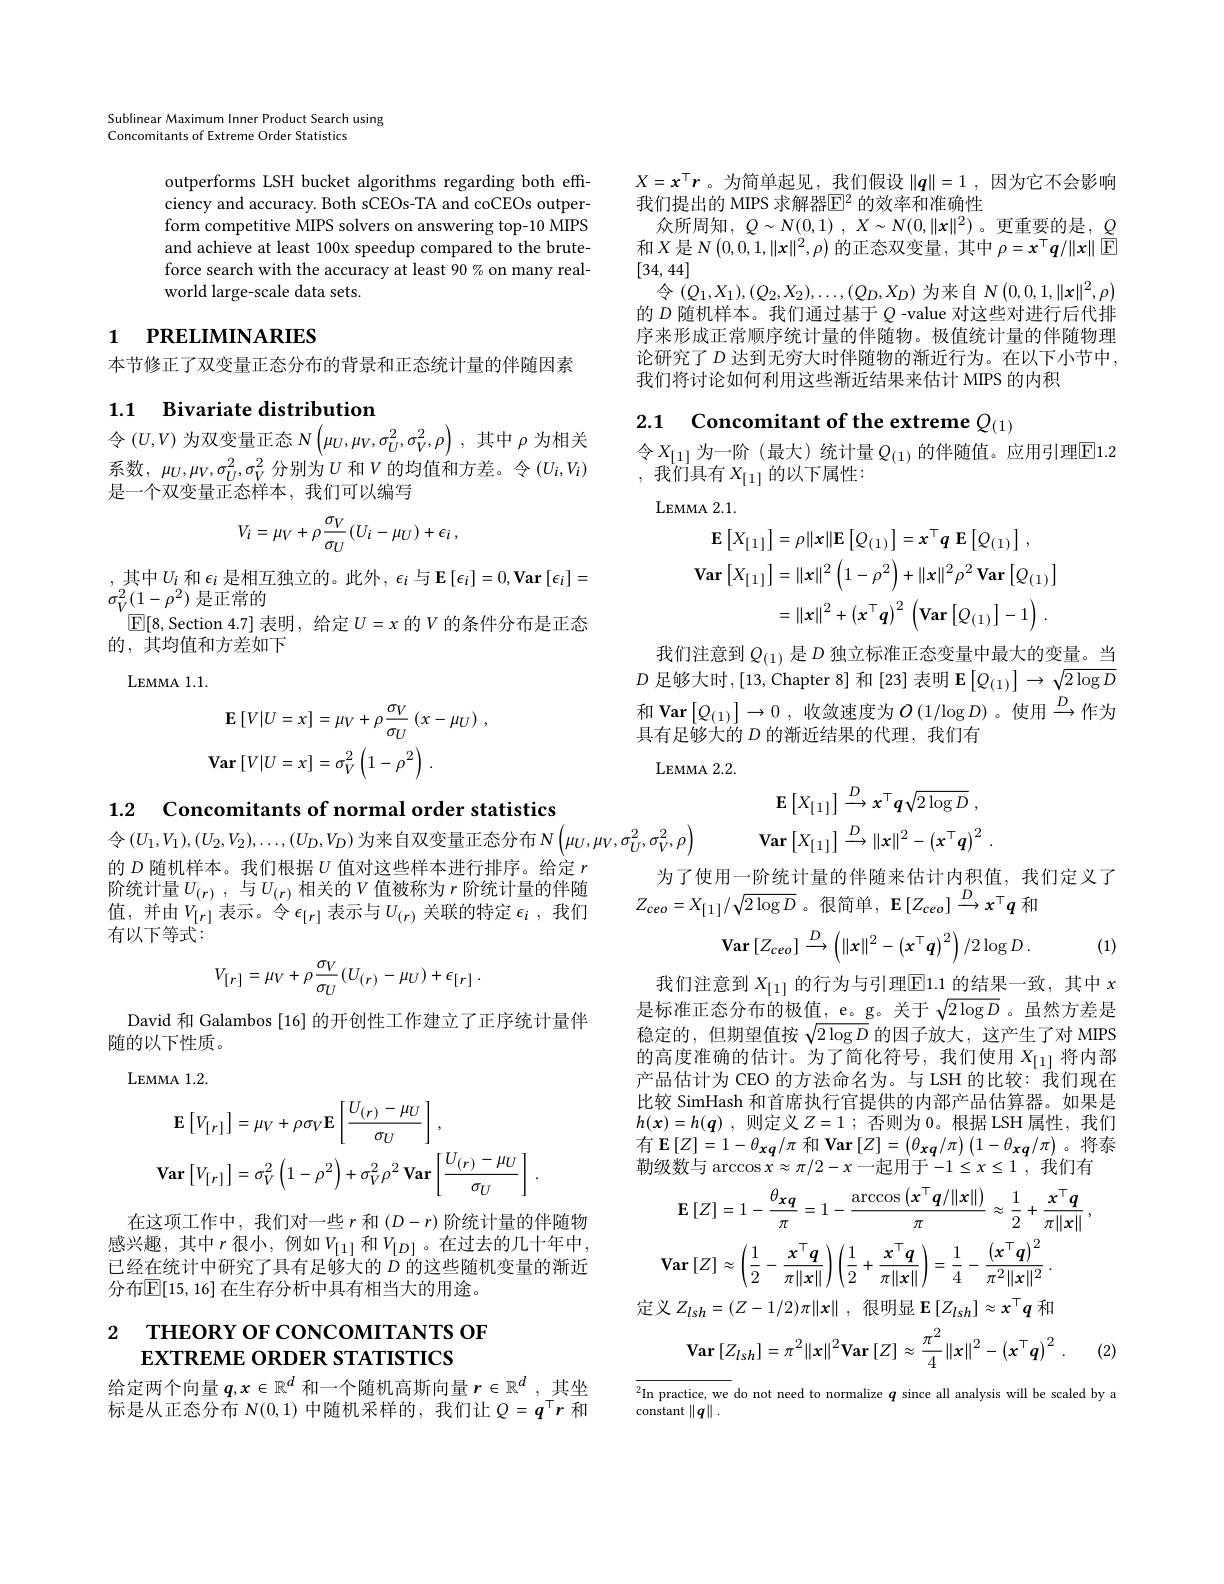
Sublinear Maximum Inner Product Search using
Concomitants of Extreme Order Statistics

outperforms LSH bucket algorithms regarding both effciency and accuracy. Both sCEOs-TA and coCEOs outperform competitive MIPS solvers on answering top-10 MIPS and achieve at least 100x speedup compared to the bruteforce search with the accuracy at least 90% on many realworld large-scale data sets.

# 1 РRELIMINARIES

本节修正了双变量正态分布的背景和正态统计量的伴随因素

## 1.1 Bivariate distribution

令$(U,V)$为双变量正态$N\left(\mu_U,\mu_V,\sigma_U^2,\sigma_V^2,\rho\right)$,其中$\rho$为相关系数，$\mu_U,\mu_V,\sigma_U^2,\sigma_V^2$分别为$U$和$V$的均值和方差。令$(U_i,V_i)$

是一个双变量正态样本，我们可以编写
$$V_i=\mu_V+\rho\frac{\sigma_V}{\sigma_U}(U_i-\mu_U)+\epsilon_i\:,$$
, 其中$U_i$ 和 $\epsilon_i$ 是相互独立的。此外$,\epsilon_i$ 与$\operatorname{E}\left[\epsilon_i\right]=0,\operatorname{Var}\left[\epsilon_i\right]=$
$\sigma_{V}^{2}(1-\rho^{2})$是正常的
$\boxed{\mathbb{E}}[8$,Section 4.7]表明，给定$U=x$ 的$V$ 的条件分布是正态
的，其均值和方差如下
LEMMA 1. 1.
$$\mathbf{E}\left[V|U=x\right]=\mu_{V}+\rho\frac{\sigma_{V}}{\sigma_{U}}\left(x-\mu_{U}\right)\:,\\\mathbf{Var}\left[V|U=x\right]=\sigma_{V}^{2}\left(1-\rho^{2}\right)\:.$$
1.2 Concomitants of normal order statistics

令$(U_1,V_1),(U_2,V_2),\ldots,(U_D,V_D)$ 为来自双变量正态分布 N$\left(\mu_U,\mu_V,\sigma_U^2,\sigma_V^2,\rho\right)$
的$D$随机样本。我们根据$U$值对这些样本进行排序。给定$r$ 阶统计量$U_{(r)}$ ,与$U_(r)$ 相关的$V$ 值被称为$r$ 阶统计量的伴随值，并由$V_[r]$表示。令$\epsilon_[r]$表示与$U_(r)$关联的特定$\epsilon_i$ ,我们有以下等式：
$$V_{[r]}=\mu_V+\rho\frac{\sigma_V}{\sigma_U}(U_{(r)}-\mu_U)+\epsilon_{[r]}\:.$$
David 和 Galambos [16] 的开创性工作建立了正序统计量伴
随的以下性质。
LEMMA 1. 2.
$$\begin{aligned}\mathbf{E}\left[V_{[r]}\right]&=\mu_{V}+\rho\sigma_{V}\mathbf{E}\left[\frac{U_{(r)}-\mu_{U}}{\sigma_{U}}\right],\\\mathbf{Var}\left[V_{[r]}\right]&=\sigma_{V}^{2}\left(1-\rho^{2}\right)+\sigma_{V}^{2}\rho^{2}\:\mathbf{Var}\left[\frac{U_{(r)}-\mu_{U}}{\sigma_{U}}\right]\:.\end{aligned}$$
在这项工作中，我们对一些 $r$ 和$\left(D-r\right)$阶统计量的伴随物感兴趣，其中$r$ 很小，例如$V_[1]$ 和$V_[D]$。在过去的几十年中， 已经在统计中研究了具有足够大的$D$的这些随机变量的渐近分布$\overline{\mathbb{E}}[15,16]$ 在生存分析中具有相当大的用途。

# 2 ТНЕОКҮ оF СОNCOмIтАNTS оF $EXTREMEORDERSTATISTICS$

给定两个向量$q,x\in\mathbb{R}^d$和一个随机高斯向量$r\in\mathbb{R}^d$,其坐标是从正态分布$N(0,1)$中随机采样的，我们让$Q=q^\top r$和

$X=x^{\top}\boldsymbol{r}$。为简单起见，我们假设$\|\boldsymbol q\|=1$,因为它不会影响
我们提出的 MIPS 求解器$\mathbb{E}^2$ 的效率和准确性
众所周知，$Q\sim N( 0, 1)$ , $X\sim N( 0, \| x\| ^2)$。更重要的是，$Q$ 和$X$是$N\left(0,0,1,\|\mathbf{x}\|^{2},\rho\right)$的正态双变量，其中$\rho=x^\top q/\|x\|$ E [34,44]
令$\left(Q_1,X_1\right),\left(Q_2,X_2\right),\ldots,\left(Q_D,X_D\right)$为来自$N\left(0,0,1,\|\mathbf{x}\|^{2},\rho\right)$ 的$D$随机样本。我们通过基于$Q$ -value 对这些对进行后代排序来形成正常顺序统计量的伴随物。极值统计量的伴随物理论研究了$D$达到无穷大时伴随物的渐近行为。在以下小节中， 我们将讨论如何利用这些渐近结果来估计 MIPS 的内积

2.1 Concomitant of the extreme $Q_(1)$

令$X_[1]$ 为一阶(最大)统计量$Q_(1)$的伴随值。应用引理$\overline{\mathrm{E}}1.2$
,我们具有$X_[1]$的以下属性：

LEMMA 2. 1.
$$\begin{aligned}\mathbf{E}\left[X_{[1]}\right]&=\rho\|\mathbf{x}\|\mathbf{E}\left[Q_{(1)}\right]=\mathbf{x}^{\top}\mathbf{q}\:\mathbf{E}\left[Q_{(1)}\right]\:,\\\mathbf{Var}\left[X_{[1]}\right]&=\|x\|^{2}\left(1-\rho^{2}\right)+\|x\|^{2}\rho^{2}\:\mathbf{Var}\left[Q_{(1)}\right]\\&=\|x\|^{2}+\left(x^{\top}q\right)^{2}\:\left(\mathbf{Var}\left[Q_{(1)}\right]-1\right).\end{aligned}$$
我们注意到$Q_{(1)}$是$D$独立标准正态变量中最大的变量。当$D$ 足够大时，[13,Chapter 8] 和[23] 表明 E$\left[Q_{(1)}\right]\to\sqrt{2\log D}$ 和 Var $\left [ Q_{( 1) }\right ] \to 0$ , 收敛速度为 $O\left(1/\log D\right)$。使用$\overset{D}{\operatorname*{\longrightarrow}}$作为具有足够大的$D$的渐近结果的代理，我们有
LEMMA 2. 2.
$$\mathbf{E}\left[X_{[1]}\right]\xrightarrow{D}x^{\top}q\sqrt{2\log D}\:,\\\mathbf{Var}\left[X_{[1]}\right]\xrightarrow{D}\|x\|^{2}-\left(x^{\top}q\right)^{2}\:.$$
为了使用一阶统计量的伴随来估计内积值，我们定义了
$Z_{ceo}=X_{[1]}/\sqrt{2\log D}$。很简单，$\mathbf{E}\left[Z_{ceo}\right]\stackrel{D}{\longrightarrow}x^{\top}q$和
$$\mathbf{Var}\left[Z_{ceo}\right]\xrightarrow{D}\left(\left\|x\right\|^{2}-\left(x^{\top}\boldsymbol{q}\right)^{2}\right)/2\log D\:.$$
(1)

我们注意到$X_[1]$的行为与引理$\boxed{\mathrm{E}}1.1$的结果一致，其中$x$ 是标准正态分布的极值，e。g。关于$\sqrt{2\log D}$ 。虽然方差是稳定的，但期望值按$\sqrt{2\log D}$的因子放大，这产生了对 MIPS 的高度准确的估计。为了简化符号，我们使用$x_{[1]}$将内部产品估计为 CEO 的方法命名为。与 LSH 的比较：我们现在比较 SimHash 和首席执行官提供的内部产品估算器。如果是$h( \boldsymbol{x}) = h( \boldsymbol{q})$ , 则定义$Z= 1$ ; 否则为0。根据 LSH 属性，我们$\mathbf{{有}}\mathbf{E}\left[Z\right]=1-\theta_{xq}/\pi$ 和$\mathbf{Var}\left[Z\right]=\left(\theta_{xq}/\pi\right)\left(1-\theta_{xq}/\pi\right)$。将泰勒级数与$\arccos x\approx\pi/2-x$一起用于$-1\leq x\leq1$,我们有
$$\mathbf{E}\left[Z\right]=1-\frac{\theta_{\mathbf{x}\boldsymbol{q}}}{\pi}=1-\frac{\operatorname{arccos}\left(\boldsymbol{x}^{\top}\boldsymbol{q}/\|\boldsymbol{x}\|\right)}{\pi}\approx\frac{1}{2}+\frac{\boldsymbol{x}^{\top}\boldsymbol{q}}{\pi\|\boldsymbol{x}\|}\:,\\\mathbf{Var}\left[Z\right]\approx\left(\frac{1}{2}-\frac{\boldsymbol{x}^{\top}\boldsymbol{q}}{\pi\|\boldsymbol{x}\|}\right)\left(\frac{1}{2}+\frac{\boldsymbol{x}^{\top}\boldsymbol{q}}{\pi\|\boldsymbol{x}\|}\right)=\frac{1}{4}-\frac{\left(\boldsymbol{x}^{\top}\boldsymbol{q}\right)^{2}}{\pi^{2}\|\boldsymbol{x}\|^{2}}\:.$$
定义$Z_lsh=(Z-1/2)\pi\|x\|$ ,很明显$\mathbf{E}\left[Z_lsh\right]\approx x^\top\boldsymbol{q}$和
$$\mathrm{Var}\left[Z_{lsh}\right]=\pi^{2}\|x\|^{2}\mathrm{Var}\left[Z\right]\approx\frac{\pi^{2}}{4}\|x\|^{2}-\left(x^{\top}q\right)^{2}\:.$$
(2)

$\overline{^2\text{In practice, we}}$ do not need to normalize $q$ since all analysis will be scaled by a
constant $\|q\|.$